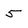
Character: 5